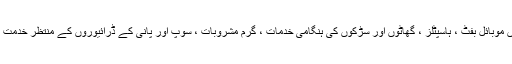
شدید برف باری میں موبائل بفٹ ، ہاسپٹلز ، گھاٹوں اور سڑکوں کی ہنگامی خدمات ، گرم مشروبات ، سوپ اور پانی کے ڈرائیوروں کے منتظر خدمت انجام دی جائے گی۔